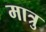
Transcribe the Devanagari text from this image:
मात्रु